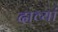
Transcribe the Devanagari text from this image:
दाव्यां